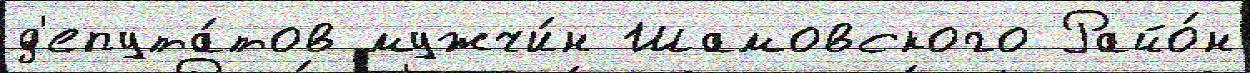
д'епута́тов мужчи́н Шамовского Райо́н